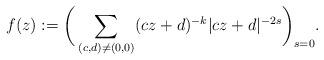
LaTeX: \begin{align*} f(z):= \bigg(\sum_{(c,d) \neq (0,0)}(cz+d)^{-k} |cz +d|^{-2s} \bigg)_{s=0}.\end{align*}